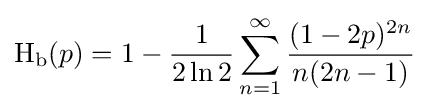
\operatorname {H} _{\text{b}}(p)=1-{\frac {1}{2\ln 2}}\sum _{n=1}^{\infty }{\frac {(1-2p)^{2n}}{n(2n-1)}}